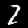
Digit: 2